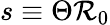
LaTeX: s\equiv\Theta\mathcal{R}_{0}